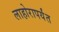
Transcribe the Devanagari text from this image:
लाहोरापर्यंत